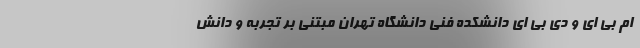
ام بی ای و دی بی ای دانشکده فنی دانشگاه تهران مبتنی بر تجربه و دانش